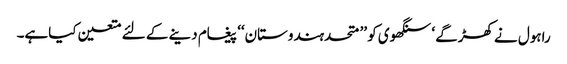
راہول نے کھڑگے ‘ سنگھوی کو ’’ متحدہندوستان‘‘ پیغام دینے کے لئے متعین کیاہے۔